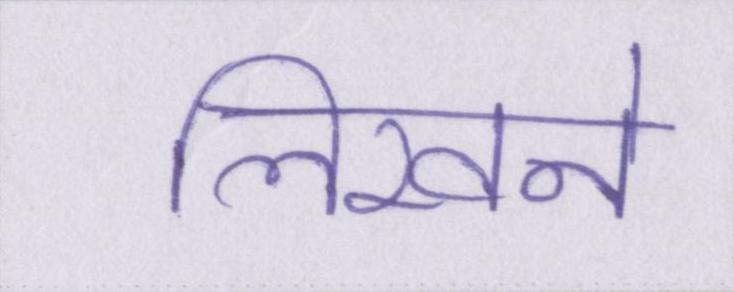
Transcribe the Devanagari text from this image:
लिखने